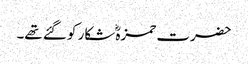
حضرت حمزہؓ شکار کو گئے تھے۔